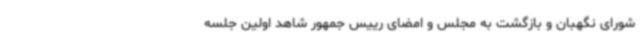
شورای نگهبان و بازگشت به مجلس و امضای رییس جمهور شاهد اولین جلسه